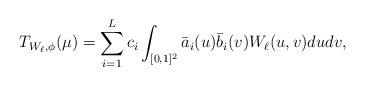
LaTeX: \begin{align*}T_{W_\ell,\phi}(\mu)=\sum_{i=1}^L c_i \int_{[0,1]^2}\bar a_i(u)\bar b_i(v)W_\ell(u,v) dudv,\end{align*}